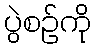
ပွဲစဉ်ကို